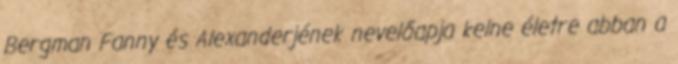
Bergman Fanny és Alexanderjének nevelőapja kelne életre abban a